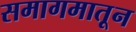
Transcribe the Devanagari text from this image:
समागमातून